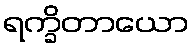
ရက္ခိတာယော